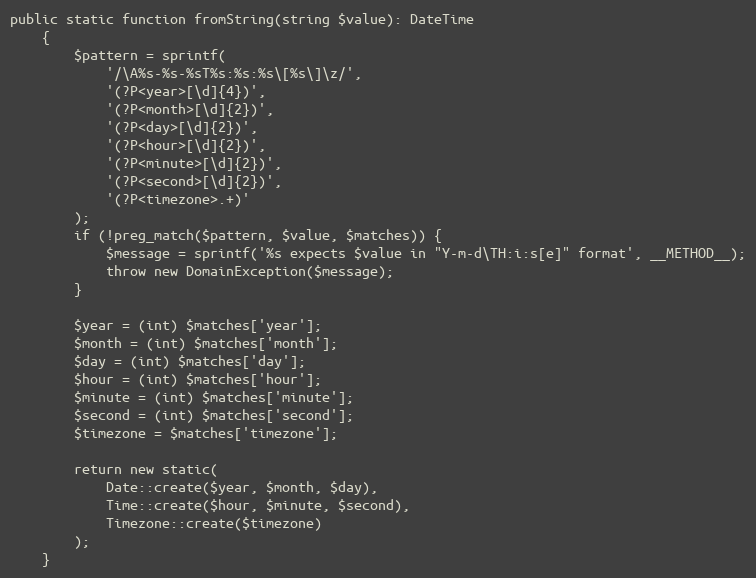
Language: PHP
public static function fromString(string $value): DateTime
    {
        $pattern = sprintf(
            '/\A%s-%s-%sT%s:%s:%s\[%s\]\z/',
            '(?P<year>[\d]{4})',
            '(?P<month>[\d]{2})',
            '(?P<day>[\d]{2})',
            '(?P<hour>[\d]{2})',
            '(?P<minute>[\d]{2})',
            '(?P<second>[\d]{2})',
            '(?P<timezone>.+)'
        );
        if (!preg_match($pattern, $value, $matches)) {
            $message = sprintf('%s expects $value in "Y-m-d\TH:i:s[e]" format', __METHOD__);
            throw new DomainException($message);
        }

        $year = (int) $matches['year'];
        $month = (int) $matches['month'];
        $day = (int) $matches['day'];
        $hour = (int) $matches['hour'];
        $minute = (int) $matches['minute'];
        $second = (int) $matches['second'];
        $timezone = $matches['timezone'];

        return new static(
            Date::create($year, $month, $day),
            Time::create($hour, $minute, $second),
            Timezone::create($timezone)
        );
    }